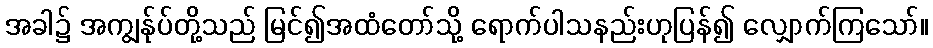
အခါ၌ အကျွန်ုပ်တို့သည် မြင်၍အထံတော်သို့ ရောက်ပါသနည်းဟုပြန်၍ လျှောက်ကြသော်။